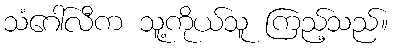
သံဂေါ်လီက သူ့ကိုယ်သူ ကြည့်သည်။